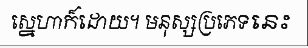
ស្នេហាក៏ដោយ។ មនុស្សប្រភេទនេះ